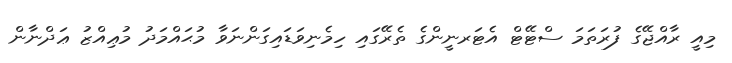
މިއީ ރާއްޖޭގެ ފުރަތަމަ ސްޓޭޓް އެޓަރނީންގެ ތެރޭގައި ހިމެނިވަޑައިގަންނަވާ މުޙައްމަދު މުޢިއްޒު ޢަދްނާން